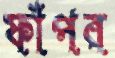
ফাঁপর